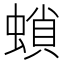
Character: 𧎫